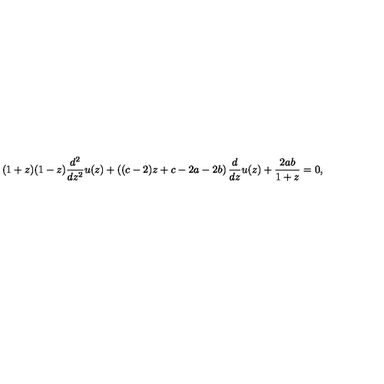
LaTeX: ( 1 + z ) ( 1 - z ) \frac { d ^ { 2 } } { d z ^ { 2 } } u ( z ) + \left( ( c - 2 ) z + c - 2 a - 2 b \right) \frac { d } { d z } u ( z ) + \frac { 2 a b } { 1 + z } = 0 ,